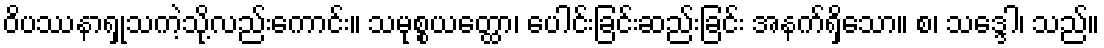
ဝိပဿနာရှုသကဲ့သို့လည်းကောင်း။ သမုစ္စယတ္ထော၊ ပေါင်းခြင်းဆည်းခြင်း အနက်ရှိသော။ စ၊ သဒ္ဒေါ၊ သည်။